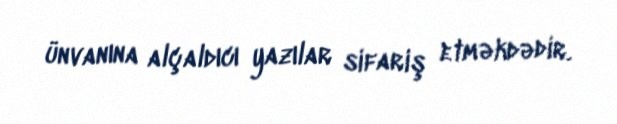
ünvanına alçaldıcı yazılar sifariş etməkdədir.